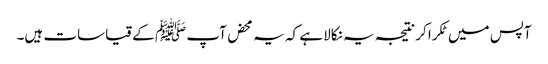
آپس میں ٹکرا کر نتیجہ یہ نکالا ہے کہ یہ محض آپ ﷺ کے قیاسات ہیں۔